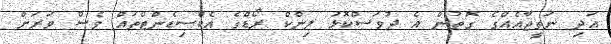
އަދި ނަތީޖާއެއްގެ ގޮތުން އެ ދުވަސްކޮޅު ލިންކް ރޯޑްގެ އެކްސިޑެންޓްތައް ވެސް ވަރަށް